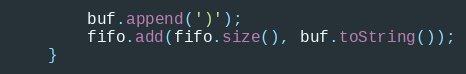
Language: Java
        buf.append(')');
        fifo.add(fifo.size(), buf.toString());
    }